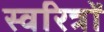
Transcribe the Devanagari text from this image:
स्वरित्रों